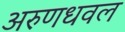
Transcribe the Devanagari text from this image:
अरुणधवल